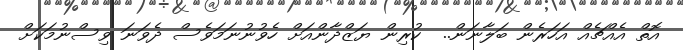
އޮތް އެއްޗެއް އަހަރެން ބަލާނަން..  ކުރިން ޔަޒްދާންއަށް ހެވުނުނަމަވެސް ދެވަނަ ވިސްނުމަކަށް